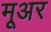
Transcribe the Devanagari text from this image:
मूअर